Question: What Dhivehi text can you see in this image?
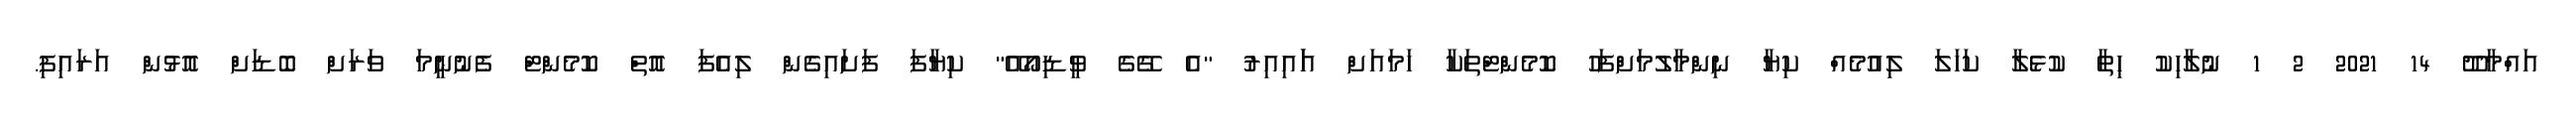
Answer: އައްމާދޫ 14 2021 2 1 ނުލާހިކު ހިތާ ކުޅެލާ ކަހަލަ ލިއުމެއް ކިޔާ ނިންމާލުމަށްފަހު ކޮމެންޓްތަކާ ހަމައަށް އަައިއިރު "އެ ގޭގެ ވީޑިއޯއޭ" ކިޔާފަ ފަށައިގެން ލިއެފަ އޮތް ކޮމެންޓް ފެނުނީމަ ވަރަށް ބޮޑަށް އޮޅުން އަރައިފި.